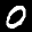
Label: 0